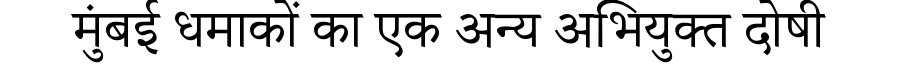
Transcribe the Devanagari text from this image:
मुंबई धमाकों का एक अन्य अभियुक्त दोषी